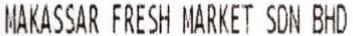
MAKASSAR FRESH MARKET SDN BHD